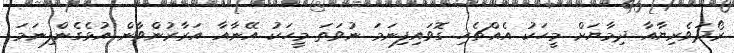
ރޯދަވެރިޔާއާ ދިމާޔަށް މީހަކު އެއްޗެހި ގޮވައިފިނަމަ ނުވަތަ މީހަކު އޭނާއާ އަރާރުންވާން އުޅެގެންފިނަމަ